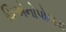
યિએનોપોલસ